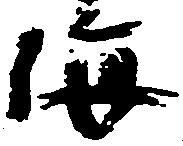
海